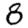
Digit: 8